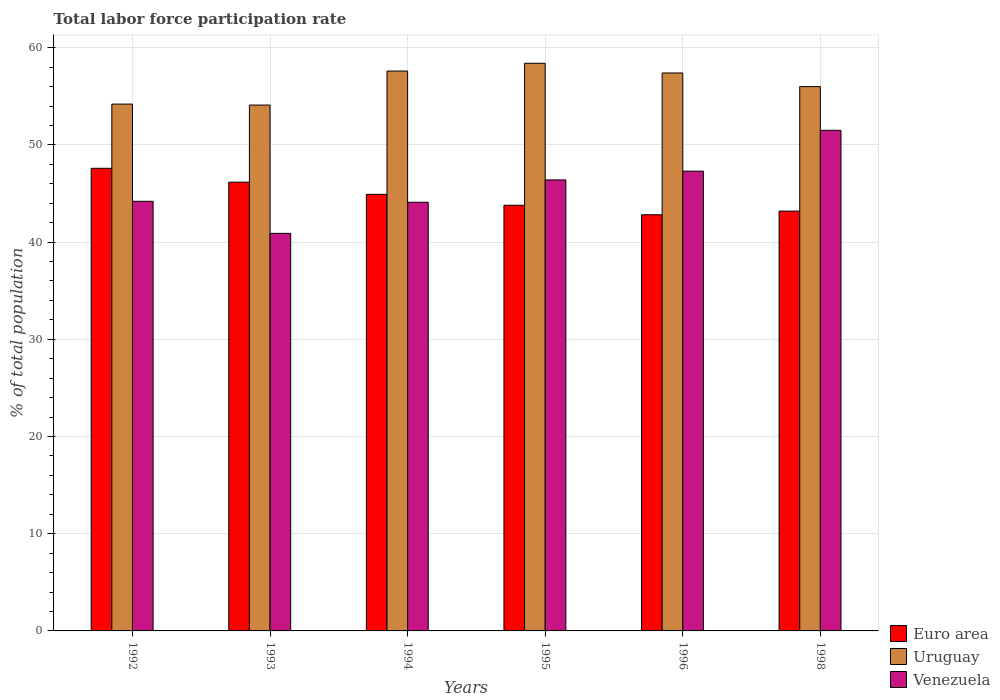
| Years | Euro area | Uruguay | Venezuela |
 | --- | --- | --- | --- |
 | 1992 | 47.6 | 54.2 | 44.2 |
 | 1993 | 46.2 | 54.1 | 40.9 |
 | 1994 | 44.9 | 57.6 | 44.1 |
 | 1995 | 43.8 | 58.4 | 46.4 |
 | 1996 | 42.8 | 57.4 | 47.3 |
 | 1998 | 43.2 | 56 | 51.5 |